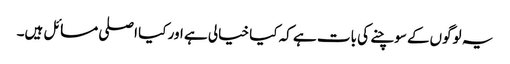
یہ لوگوں‌کے سوچنے کی بات ہے کہ کیا خیالی ہے اور کیا اصلی مسائل ہیں۔